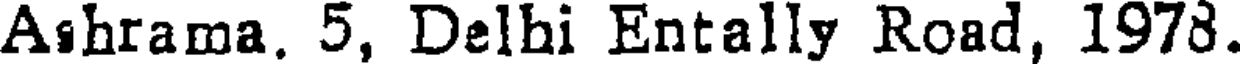
Ashrama. 5, Delhi Entally Road, 1978.